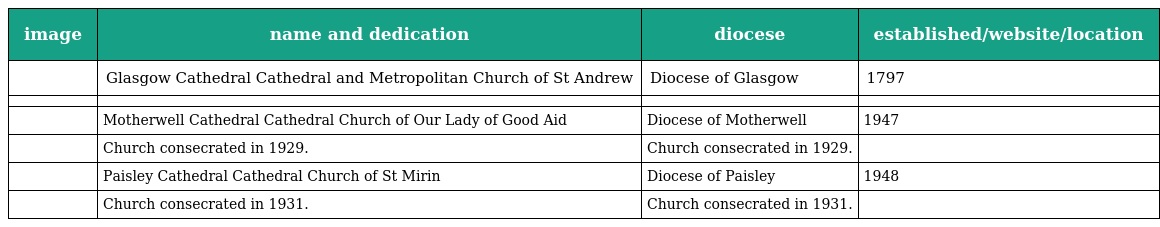
| image | name and dedication | diocese | established/website/location |
 | --- | --- | --- | --- |
 |  | Glasgow Cathedral Cathedral and Metropolitan Church of St Andrew | Diocese of Glasgow | 1797 |
 |  |  |  |  |
 |  | Motherwell Cathedral Cathedral Church of Our Lady of Good Aid | Diocese of Motherwell | 1947 |
 |  | Church consecrated in 1929. | Church consecrated in 1929. |  |
 |  | Paisley Cathedral Cathedral Church of St Mirin | Diocese of Paisley | 1948 |
 |  | Church consecrated in 1931. | Church consecrated in 1931. |  |